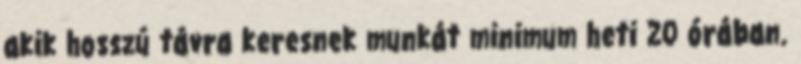
akik hosszú távra keresnek munkát minimum heti 20 órában.